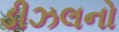
ડીઝલનો